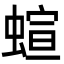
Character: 蝖